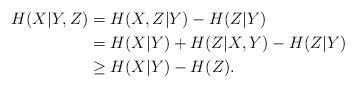
LaTeX: \begin{align*}H(X|Y,Z)& = H(X,Z|Y) - H(Z|Y)\\ &= H(X|Y)+H(Z|X,Y) - H(Z|Y) \\ &\geq H(X|Y) - H(Z).\end{align*}